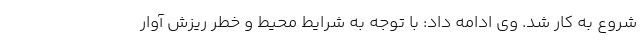
شروع به کار شد. وی ادامه داد: با توجه به شرایط محیط و خطر ریزش آوار